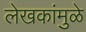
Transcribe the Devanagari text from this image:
लेखकांमुळे